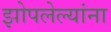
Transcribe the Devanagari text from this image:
झोपलेल्यांना